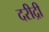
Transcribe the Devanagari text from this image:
दरीद्री